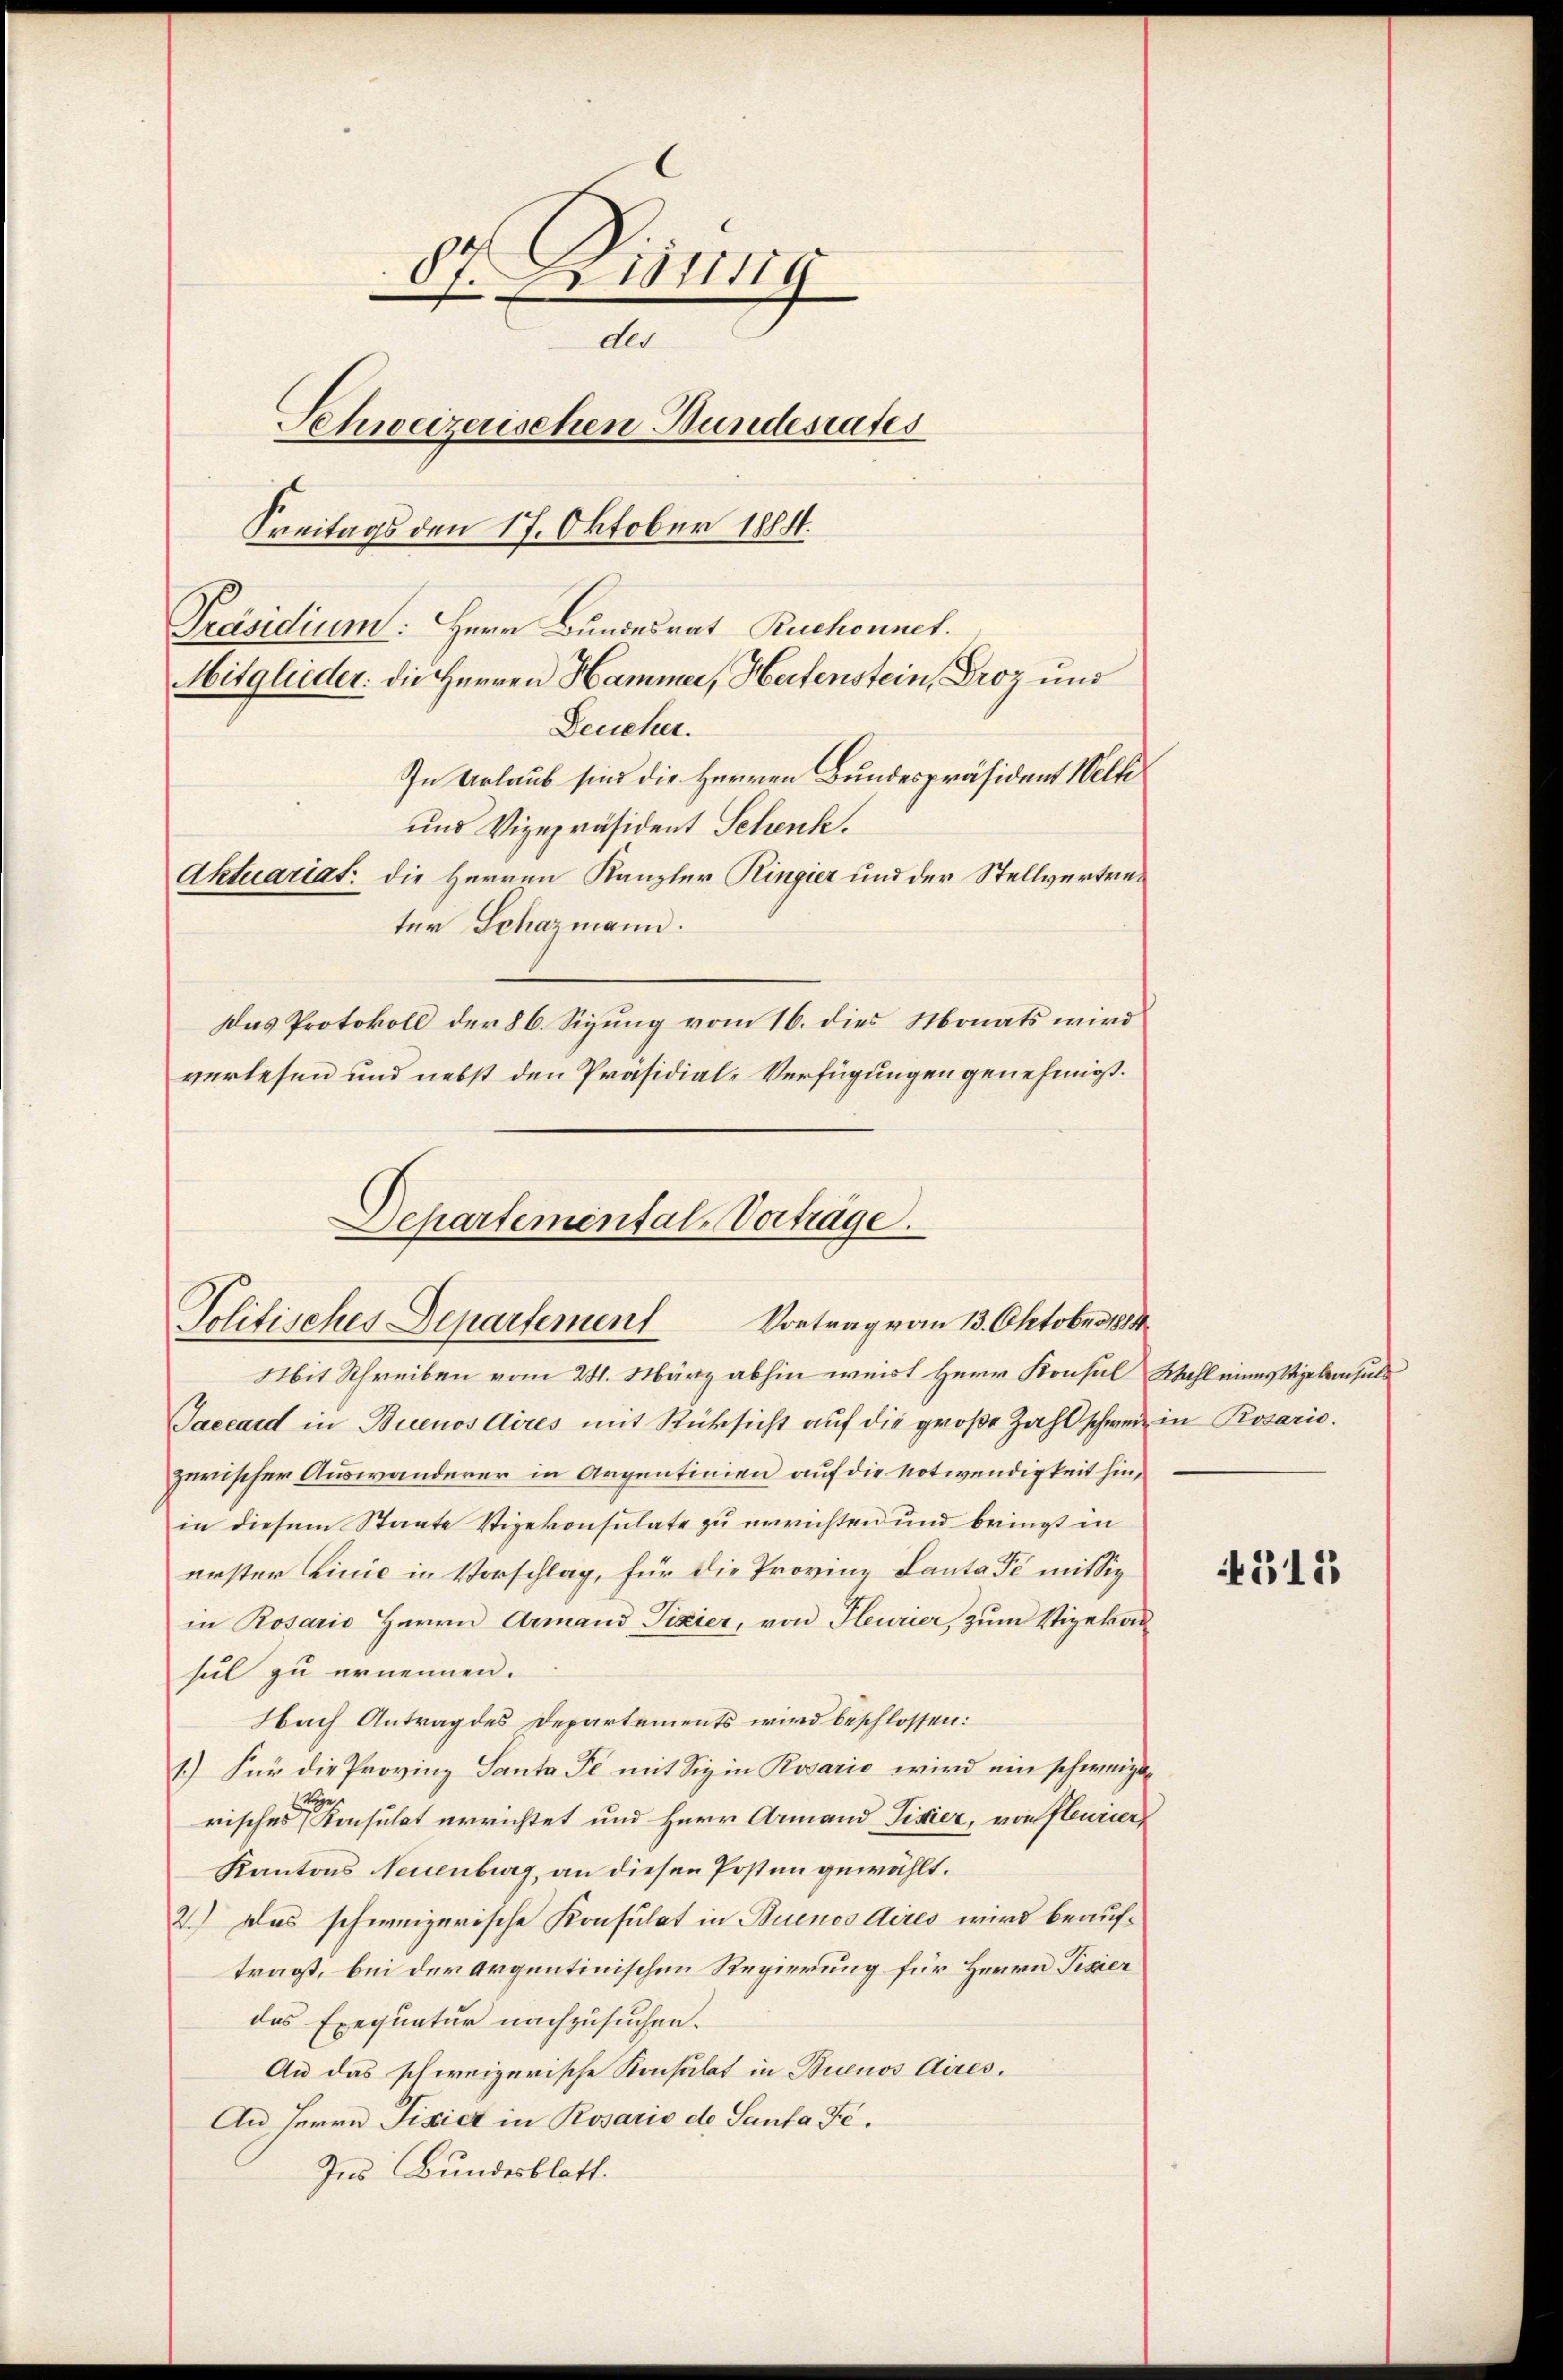
87. 1849
der
Schweizerischen Bundesrates
Freitags den 17. Oktober 1884.

Das Protokoll der 86. Sizung vom 16. dies Monats wird
verlesen und nebst den Präsidial-Verfügungen genehmigt.
Departemental-Vertrage.

Präsidium: Herr Bundesrat Ruchounet.

Mitglieder: die Herren Hammer, Hertenstein, Droz und
Deucher.
In Urlaub sind die Herren Bundespräsident Welte
und Vizepräsident Schenk.
Aktuariat: die Herren Kanzler Ringier und der Stellvertreter Schazmann.

Politisches Departement Vortrag vom 13. Oktober 1884

Mit Schreiben vom 21. März abhin weist Herr Konsul Wahl eines Vizekonsuls
Taccard in Buenos Aires mit Rücksicht auf die große Zahl schweiz in Rosario.
zwischer Auswanderer in Argentinien auf die Notwendigkeit hin,
in diesem Staate Vizekonsulate zu errichten und bringt in
erster Linie in Vorschlag, für die Provinz Lanta Fé mit Siz
in Rosario Herrn Armand Tizier, von Heurier, zum Vizekas
siel zu ernennen.
Nach Antrag des Departements wird beschlossen:
1.) Für die Provinz Santa se mit Sie in Rosario wird ein schweizerisches Konsulat errichtet und Herr Armand Pisier, von fleurier,
Kantons Neuenburg, an diesen Posten gewählt.
2.) Das schweizerische Konsulat in Buenos Aires wird beauftragt, bei der Argentinischen Regierung für Herrn Pisier
des Exequatur nachzusuchen.
An das schweizerische Konsulat in Buenos Aires.
An Herrn Fixict in Rosario de Santa Fe¬
Ins Bundesblatt.

312